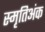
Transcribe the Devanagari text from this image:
स्मृतिअंक